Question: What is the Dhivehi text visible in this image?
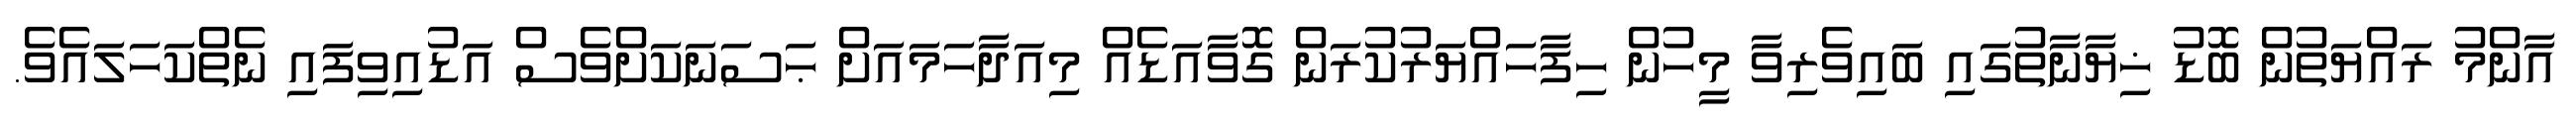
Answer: އާންމު ރައްޔަތުން ބޮޑު ޚިޔާނާތުގައި ބައިވެރިވާ މީހުން ހިފާހައްޔަރުކުރަން ގޮވާއަޑެއް މިއަދާހަމައަށް ޙަސަނަކަށްވެސް އަޑުއިވިފައި ނެތްކަހަލައެވެ.